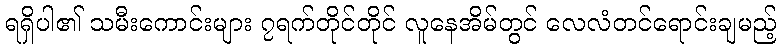
ရရှိပါ၏ သမီးကောင်းများ ၇ရက်တိုင်တိုင် လူနေအိမ်တွင် လေလံတင်ရောင်းချမည့်